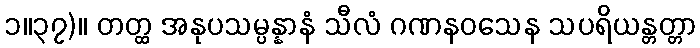
၁။၃၇)။ တတ္ထ အနုပသမ္ပန္နာနံ သီလံ ဂဏနဝသေန သပရိယန္တတ္တာ